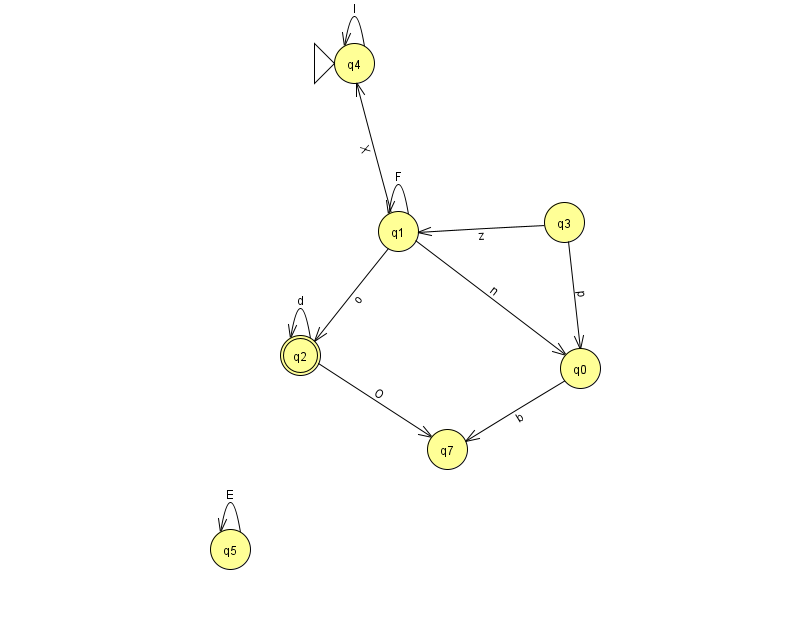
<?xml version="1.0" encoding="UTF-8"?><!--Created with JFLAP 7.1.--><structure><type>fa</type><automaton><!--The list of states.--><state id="0" name="q0"><x>580.0</x><y>355.0</y></state><state id="1" name="q1"><x>398.0</x><y>218.0</y></state><state id="2" name="q2"><x>300.0</x><y>342.0</y><final/></state><state id="3" name="q3"><x>564.0</x><y>209.0</y></state><state id="4" name="q4"><x>354.0</x><y>50.0</y><initial/></state><state id="5" name="q5"><x>230.0</x><y>536.0</y></state><state id="7" name="q7"><x>447.0</x><y>436.0</y></state><!--The list of transitions.--><transition><from>1</from><to>4</to><read>X</read></transition><transition><from>3</from><to>1</to><read>z</read></transition><transition><from>2</from><to>2</to><read>d</read></transition><transition><from>0</from><to>7</to><read>b</read></transition><transition><from>5</from><to>5</to><read>E</read></transition><transition><from>1</from><to>1</to><read>F</read></transition><transition><from>1</from><to>2</to><read>o</read></transition><transition><from>1</from><to>0</to><read>n</read></transition><transition><from>2</from><to>7</to><read>O</read></transition><transition><from>4</from><to>4</to><read>l</read></transition><transition><from>3</from><to>0</to><read>p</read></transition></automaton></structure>